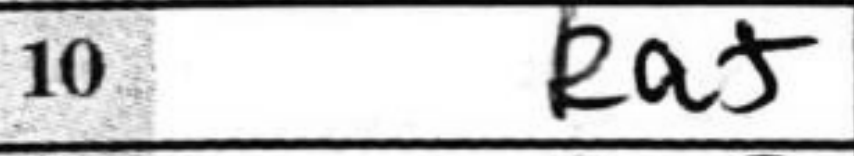
Transcription: Ra+